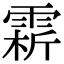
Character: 䨛